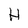
Character: H